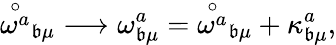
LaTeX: {\stackrel{\circ}{\omega^{a}}}_{\mathfrak{b}\mu}\longrightarrow\omega_{\mathfrak{b}\mu}^{a}={\stackrel{\circ}{\omega^{a}}}_{\mathfrak{b}\mu}+\kappa_{\mathfrak{b}\mu}^{a},